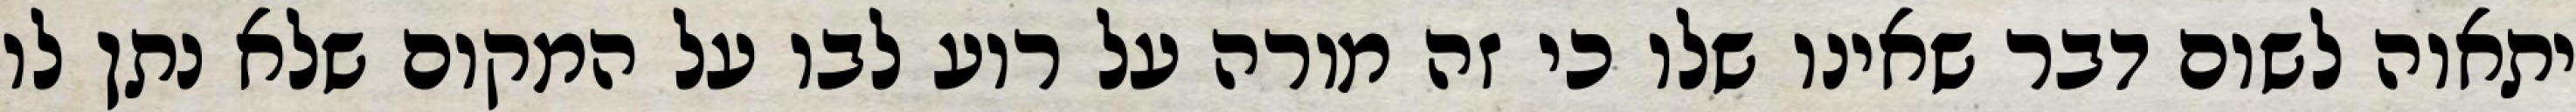
יתאוה לשום דבר שאינו שלו כי זה מורה על רוע לבו על המקום שלא נתן לו